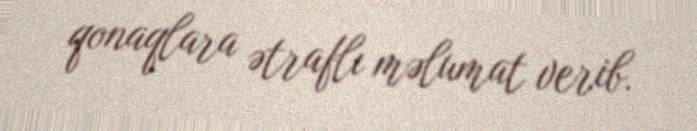
qonaqlara ətraflı məlumat verib.